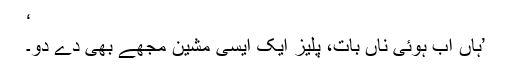
‘
’ہاں اب ہوئی ناں بات، پلیز ایک ایسی مشین مجھے بھی دے دو۔